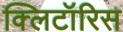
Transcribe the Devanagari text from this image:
क्लिटॉरिस